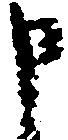
申